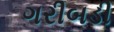
ગરીબડી